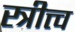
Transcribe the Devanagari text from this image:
स्त्रीत्त्व